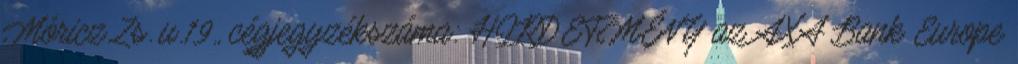
Móricz Zs. u.19., cégjegyzékszáma: HIRDETMÉNY az AXA Bank Europe